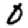
Digit: 0